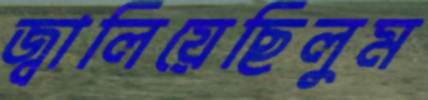
জ্বালিয়েছিলুম